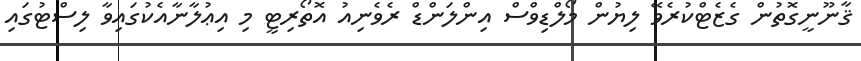
ޤާނޫނީގޮތުން ގެޒެޓްކުރެވޭ ލިޔުން މޯލްޑިވްސް އިންލަންޑް ރެވެނިއު އޮތޯރިޓީ މި އިޢުލާނާއެކުގައިވާ ލިސްޓުގައި